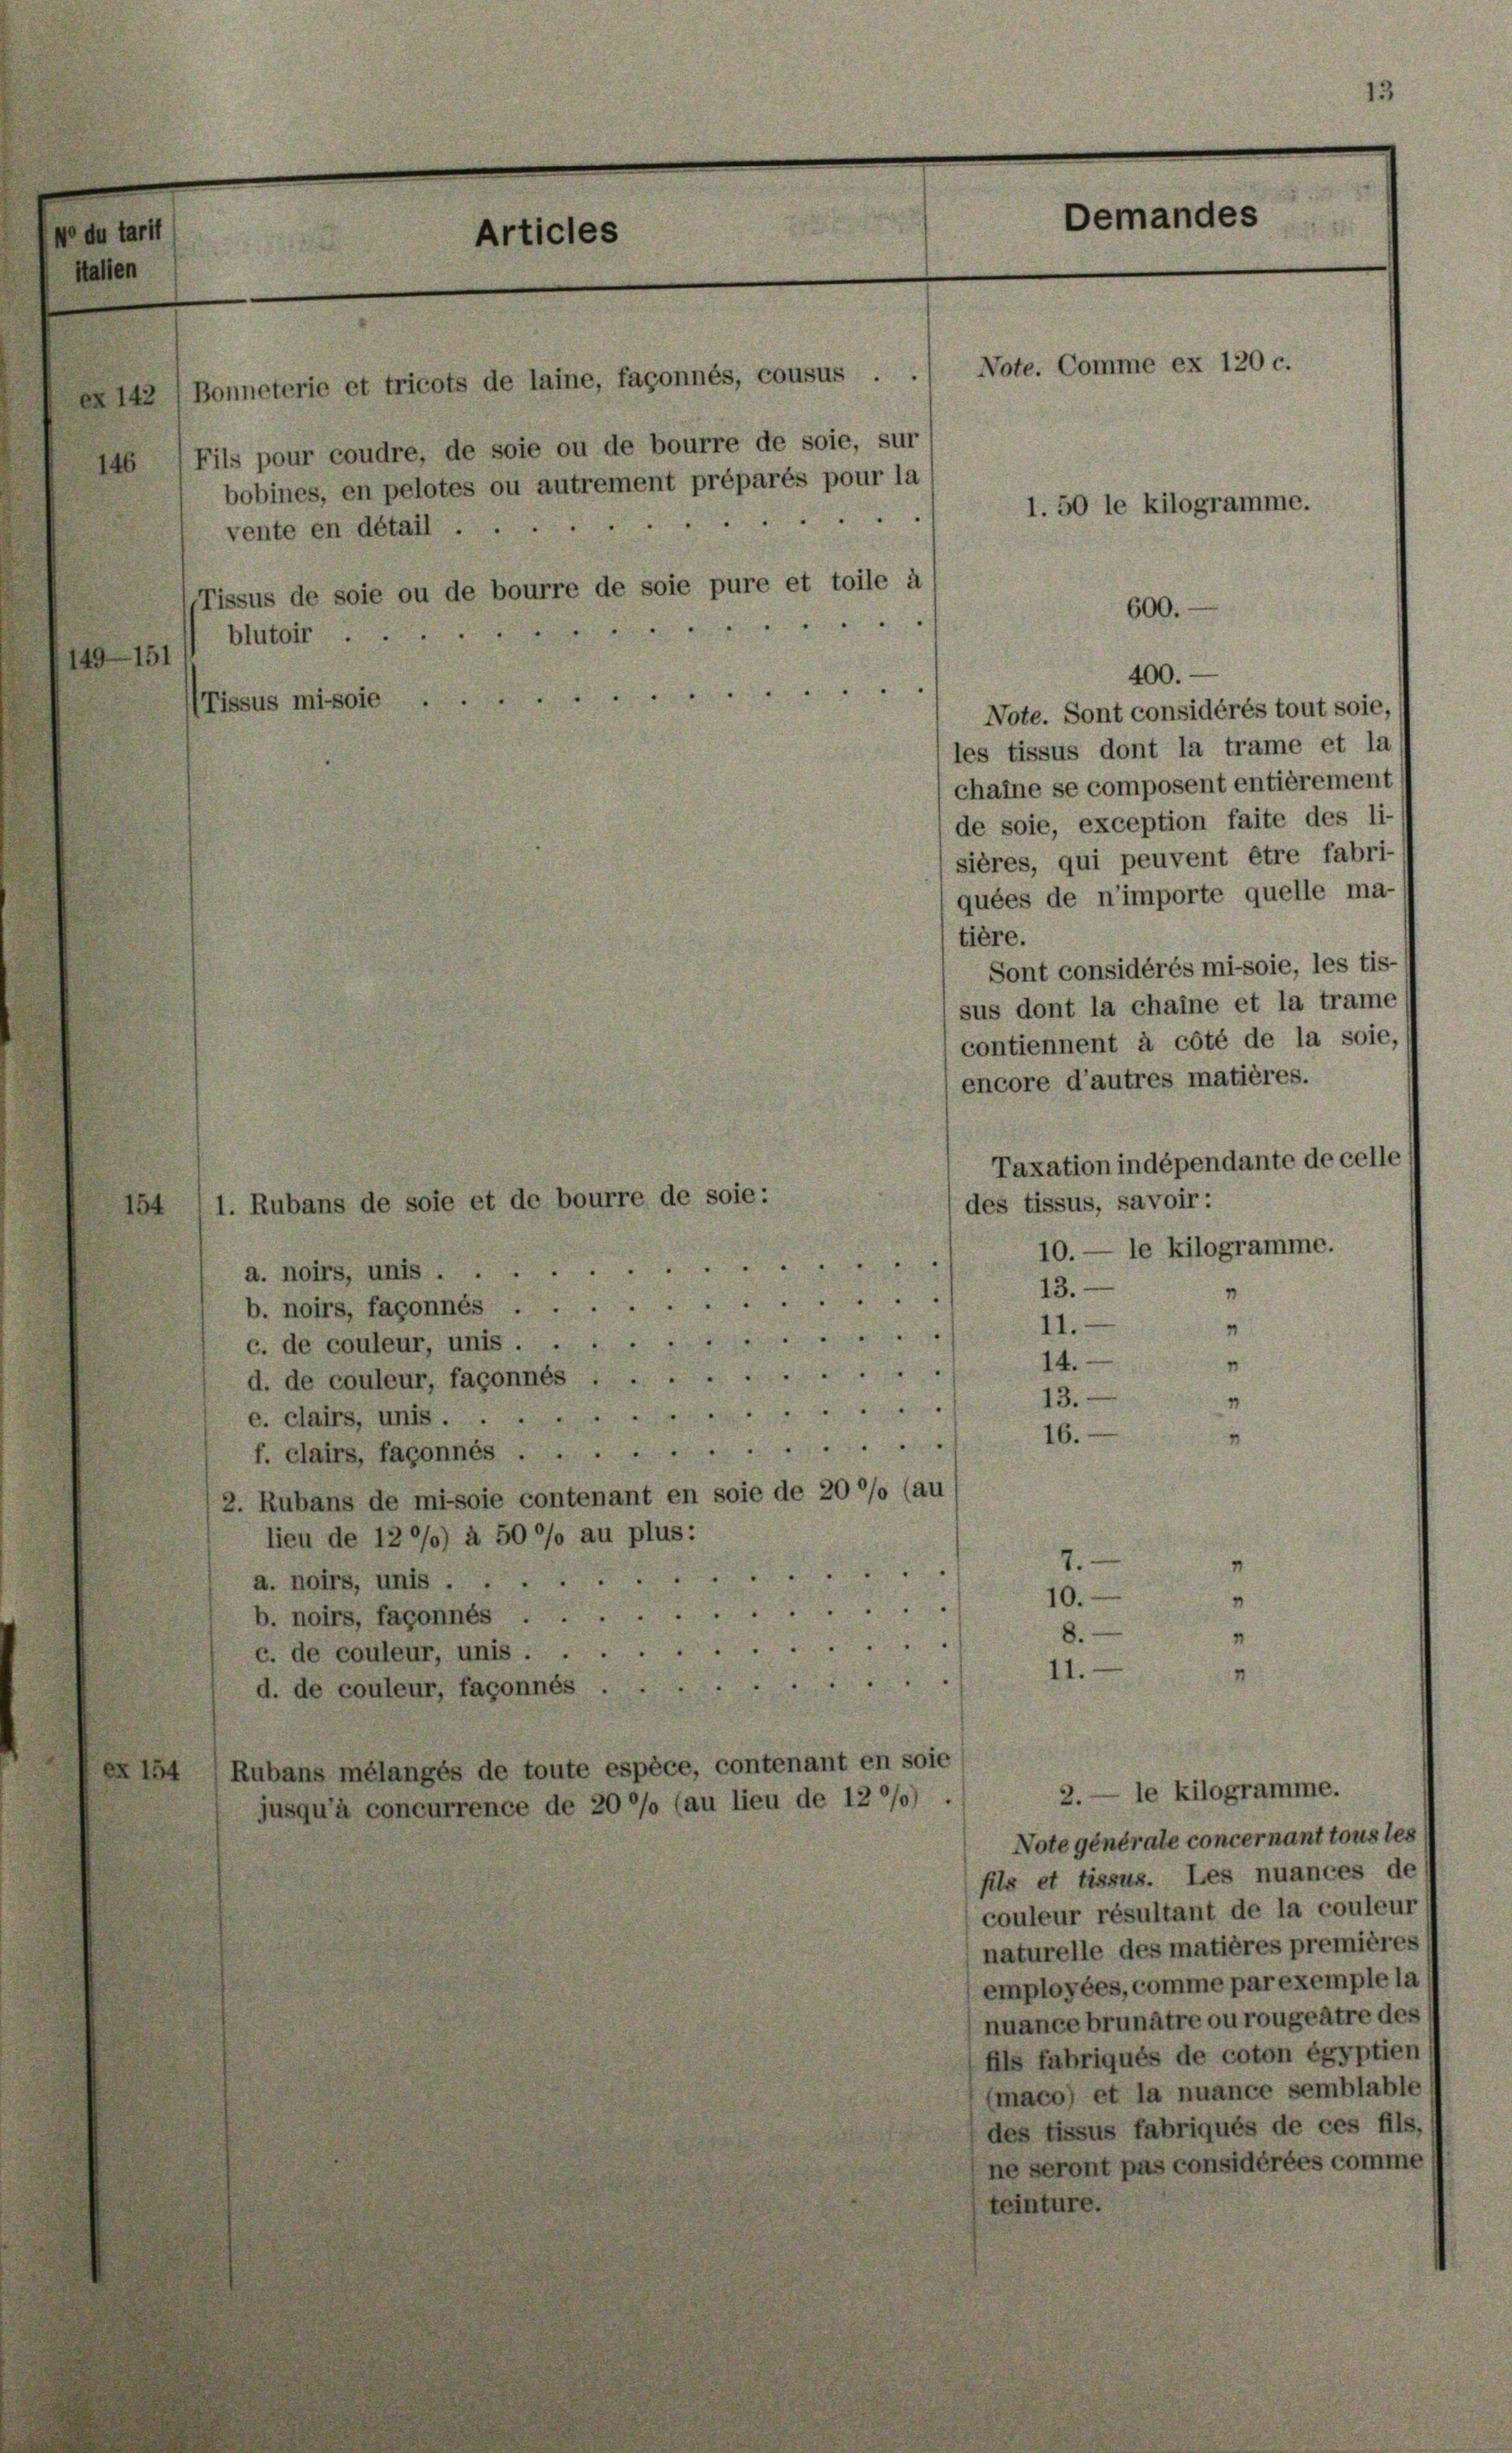
o du tarit
stalten

19—151
Tissus misoie

4

2142 (Bonneterie et tricots de laine, façonnés, cousus . .
146) Fils pour coudre, de soie ou de bourre de soie, sur
bobines, en pelotes ou autrement préparés pour la
vente en détail
Tissus de soie ou de bourre de soie pure et toile à
blutoir.

Note. Sont considérés tout soie,
les tissus dont la trame et la
chaine se composent entièrement
de soie, exception faite des li-
sières, qui peuvent être fabri-
quées de n’importe quelle ma-
tière.
Sont considérés mi-soie, les tis-
sus dont la chaine et la trame
contiennent à côté de la soie,
encore d’autres matières.
Taxation indépendante de celle
des tissus, savoir:
10. — le kilogramme.

a. noirs, unis ...
13.
"
b. noirs, façonnés
“
11.
50
c. de couleur, unis ....
14.
n
d. de couleur, fagonnés.
13.
4
e. clairs, unis
16.
“
f. clairs, façonnés
2. Rubans de misoie contenant en soie de 20% (au
lieu de 1200) à 50%% au plus:
7.
a. noirs, unis ...
10.
b. noirs, fagonnés .
8.
c. de couleur, unis .
11.-
d. de couleur, façonnés
Rubans mélangés de toute espèce, contenant en soie
2. — le kilogramme.
jusqu’à concurrence de 20 %% (au lieu de 12 0/0)
Note générale concernant tous les

1. Rubans de soie et de bourre de soie:

Articles

Demandes
Note. Comme ex 120 c.
1. 50 le kilogramme.

600.
400.

fils et tissus. Les nuances de
couleur résultant de la couleur
naturelle des matières premières
employées, comme par exemple la
nuance brunatre ou rougeâtre des
fils fabriqués de coton égyptien
(maco) et la nuance semblable
des tissus fabriqués de ces fils,
ne seront pas considérées comme
teinture.